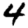
Digit: 4